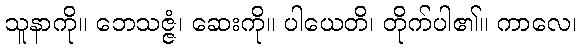
သူနာကို။ ဘေသဇ္ဇံ၊ ဆေးကို။ ပါယေတိ၊ တိုက်ပါ၏။ ကာလေ၊